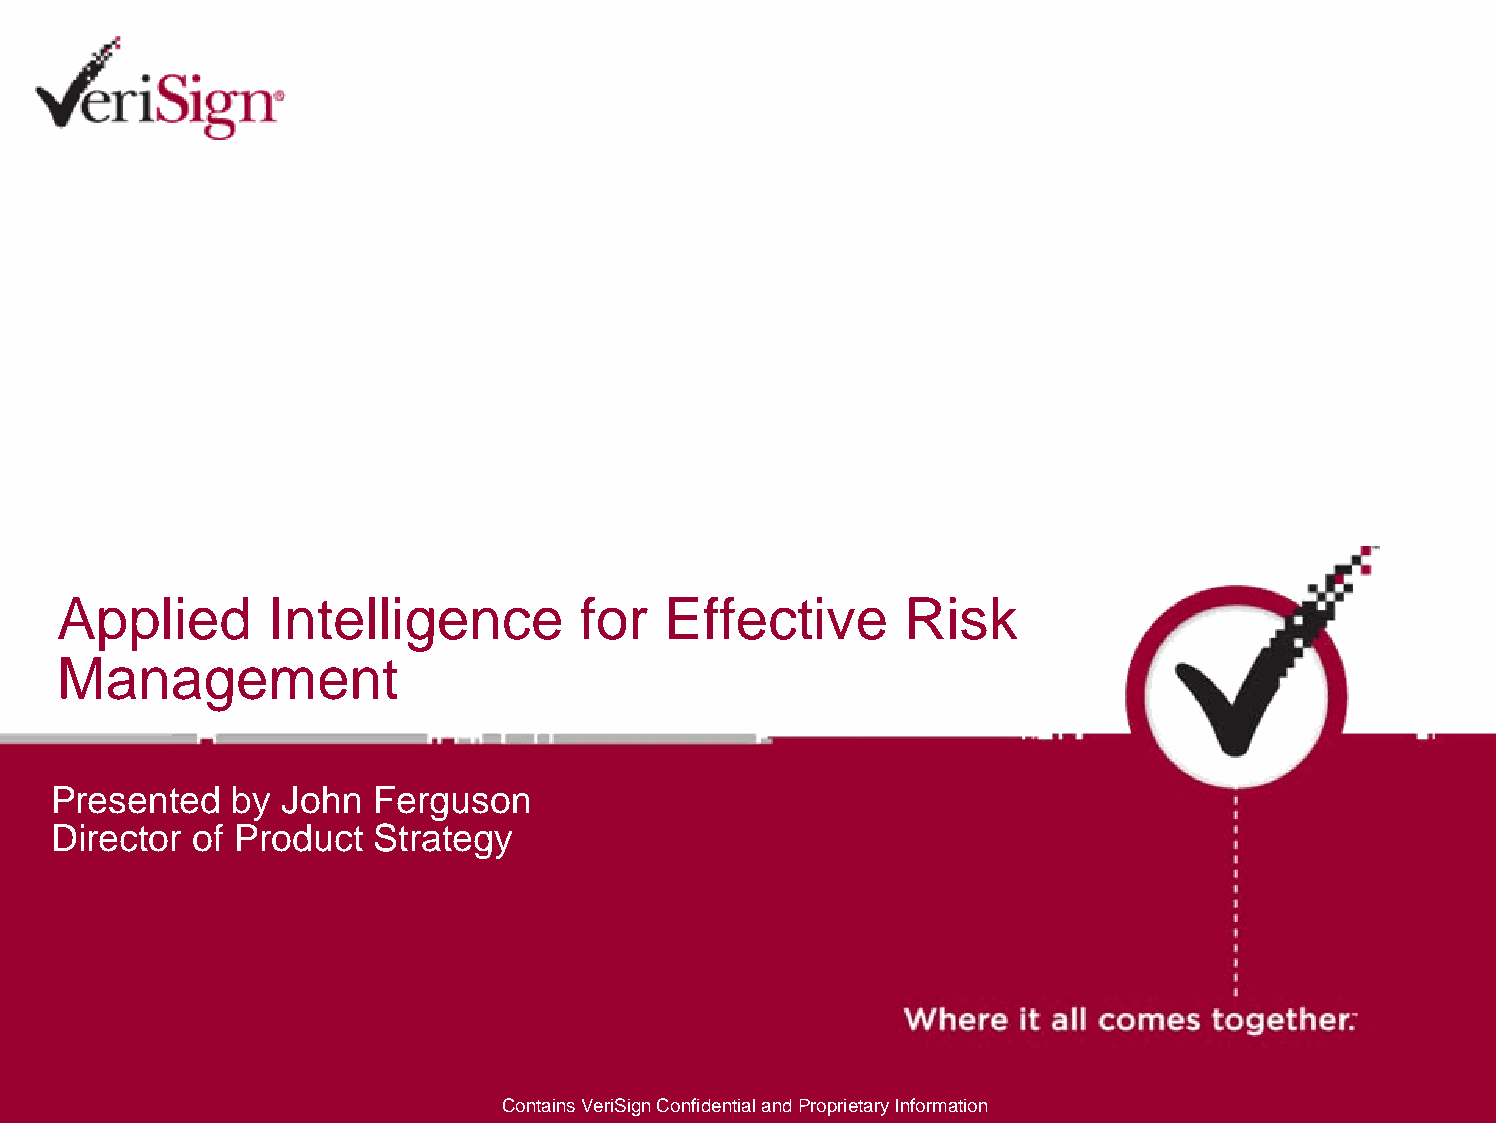
Applied       Intelligence         for   Effective      Risk
 Management
 Presented   by John  Ferguson
 Director of Product  Strategy
 Contains VeriSign Confidential and Proprietary Information